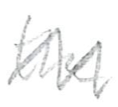
Text: the
Cross-out: zig-zag
Writing tool: pencil